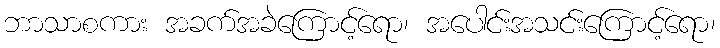
ဘာသာစကား အခက်အခဲကြောင့်ရော၊ အပေါင်းအသင်းကြောင့်ရော၊